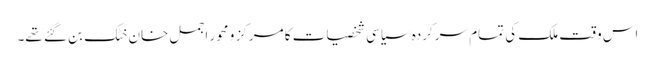
اس وقت ملک کی تمام سرکردہ سیاسی شخصیات کا مرکز و محور اجمل خان خٹک بن گئے تھے۔